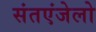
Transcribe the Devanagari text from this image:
संतएंजेलो